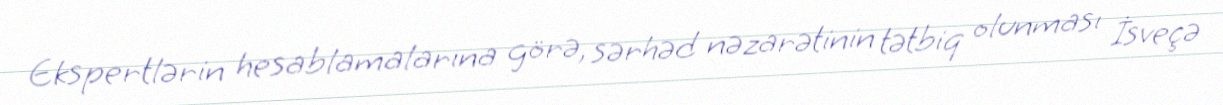
Ekspertlərin hesablamalarına görə, sərhəd nəzarətinin tətbiq olunması İsveçə